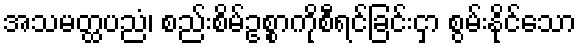
အသမတ္ထပညံ၊ စည်းစိမ်ဥစ္စာကိုစီရင်ခြင်းငှာ စွမ်းနိုင်သော